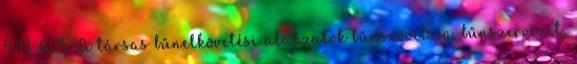
5 1.1. A.15. A társas bűnelkövetési alakzatok bűnszövetség, bűnszervezet,